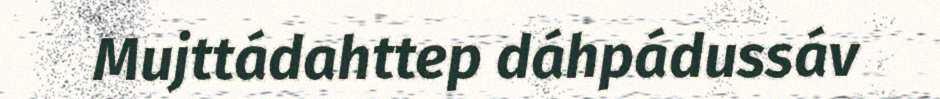
Mujttádahttep dáhpádussáv